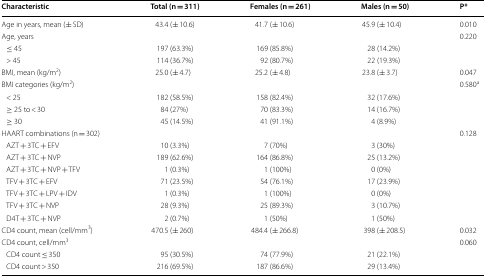
<table><thead><tr><td><b>Characteristic</b></td><td><b>Total (n = 311)</b></td><td><b>Females (n = 261)</b></td><td><b>Males (n = 50)</b></td><td><b>P*</b></td></tr></thead><tbody><tr><td>Age in years, mean (± SD)</td><td>43.4 (± 10.6)</td><td>41.7 (± 10.6)</td><td>45.9 (± 10.4)</td><td>0.010</td></tr><tr><td>Age, years</td><td></td><td></td><td></td><td>0.220</td></tr><tr><td> ≤ 45</td><td>197 (63.3%)</td><td>169 (85.8%)</td><td>28 (14.2%)</td><td></td></tr><tr><td> &gt; 45</td><td>114 (36.7%)</td><td>92 (80.7%)</td><td>22 (19.3%)</td><td></td></tr><tr><td>BMI, mean (kg/m<sup>2</sup>)</td><td>25.0 (± 4.7)</td><td>25.2 (± 4.8)</td><td>23.8 (± 3.7)</td><td>0.047</td></tr><tr><td>BMI categories (kg/m<sup>2</sup>)</td><td></td><td></td><td></td><td>0.580<sup>a</sup></td></tr><tr><td> &lt; 25</td><td>182 (58.5%)</td><td>158 (82.4%)</td><td>32 (17.6%)</td><td></td></tr><tr><td> ≥ 25 to &lt; 30</td><td>84 (27%)</td><td>70 (83.3%)</td><td>14 (16.7%)</td><td></td></tr><tr><td> ≥ 30</td><td>45 (14.5%)</td><td>41 (91.1%)</td><td>4 (8.9%)</td><td></td></tr><tr><td>HAART combinations (n = 302)</td><td></td><td></td><td></td><td>0.128</td></tr><tr><td> AZT + 3TC + EFV</td><td>10 (3.3%)</td><td>7 (70%)</td><td>3 (30%)</td><td></td></tr><tr><td> AZT + 3TC + NVP</td><td>189 (62.6%)</td><td>164 (86.8%)</td><td>25 (13.2%)</td><td></td></tr><tr><td> AZT + 3TC + NVP + TFV</td><td>1 (0.3%)</td><td>1 (100%)</td><td>0 (0%)</td><td></td></tr><tr><td> TFV + 3TC + EFV</td><td>71 (23.5%)</td><td>54 (76.1%)</td><td>17 (23.9%)</td><td></td></tr><tr><td> TFV + 3TC + LPV + IDV</td><td>1 (0.3%)</td><td>1 (100%)</td><td>0 (0%)</td><td></td></tr><tr><td> TFV + 3TC + NVP</td><td>28 (9.3%)</td><td>25 (89.3%)</td><td>3 (10.7%)</td><td></td></tr><tr><td> D4T + 3TC + NVP</td><td>2 (0.7%)</td><td>1 (50%)</td><td>1 (50%)</td><td></td></tr><tr><td>CD4 count, mean (cell/mm<sup>3</sup>)</td><td>470.5 (± 260)</td><td>484.4 (± 266.8)</td><td>398 (± 208.5)</td><td>0.032</td></tr><tr><td>CD4 count, cell/mm<sup>3</sup></td><td></td><td></td><td></td><td>0.060</td></tr><tr><td> CD4 count ≤ 350</td><td>95 (30.5%)</td><td>74 (77.9%)</td><td>21 (22.1%)</td><td></td></tr><tr><td> CD4 count &gt; 350</td><td>216 (69.5%)</td><td>187 (86.6%)</td><td>29 (13.4%)</td><td></td></tr></tbody></table>